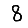
Digit: 8